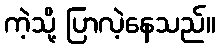
ကဲ့သို့ ပြာလဲ့နေသည်။